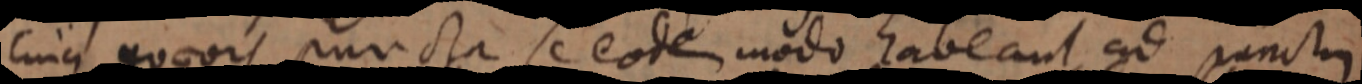
cujus quaevis puncta se eodem modo habeant ad punctus